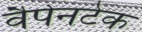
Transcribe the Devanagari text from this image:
वैपेनटेक